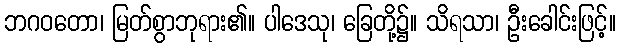
ဘဂဝတော၊ မြတ်စွာဘုရား၏။ ပါဒေသု၊ ခြေတို့၌။ သိရသာ၊ ဦးခေါင်းဖြင့်။